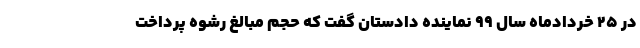
در ۲۵ خردادماه سال ۹۹ نماینده دادستان گفت که حجم مبالغ رشوه پرداخت